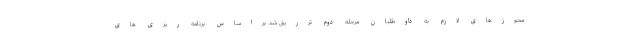
مجوزهای لازم به داوطلبان مرحله دوم تزریق شد. براساس برنامه ریزی های